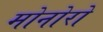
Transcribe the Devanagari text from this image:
मोनोरो